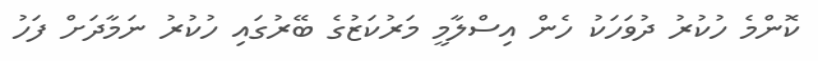
ކޮންމެ ހުކުރު ދުވަހަކު ހެން އިސްލާމީ މަރުކަޒުގެ ބޭރުގައި ހުކުރު ނަމާދަށް ފަހު